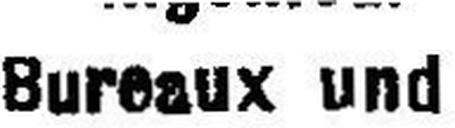
Bureaux und